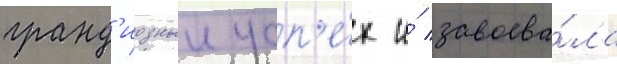
гранд'иозныи усп'е́х и́ завоева́ла